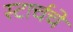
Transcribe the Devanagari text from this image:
स्टार्चचे